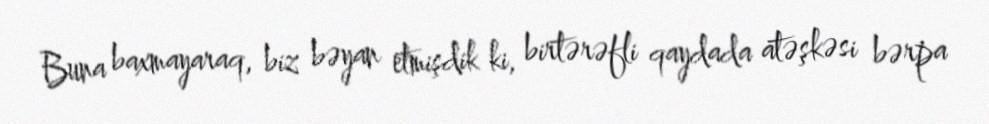
Buna baxmayaraq, biz bəyan etmişdik ki, birtərəfli qaydada atəşkəsi bərpa